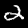
Digit: 2